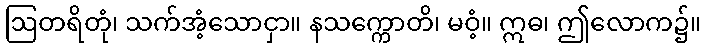
ဩတရိတုံ၊ သက်အံ့သောငှာ။ နသက္ကောတိ၊ မဝံ့။ ဣဓ၊ ဤလောက၌။